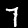
Digit: 7